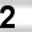
Digit: 2